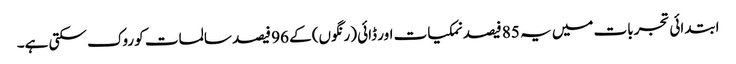
ابتدائی تجربات میں یہ 85 فیصد نمکیات اور ڈائی (رنگوں) کے 96 فیصد سالمات کو روک سکتی ہے۔